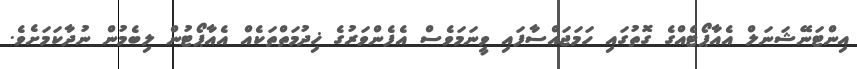
އިންޓަނޭޝަނަލް އެއާޕޯޓެއްގެ ގޮތުގައި ހަމަޖައްސާފައި ވީނަމަވެސް އެފެންވަރުގެ ޚިދުމަތްތަކެއް އެއާޕޯޓުން ލިބެމުން ނުދާކަމަށެވެ.